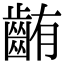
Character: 𪘃